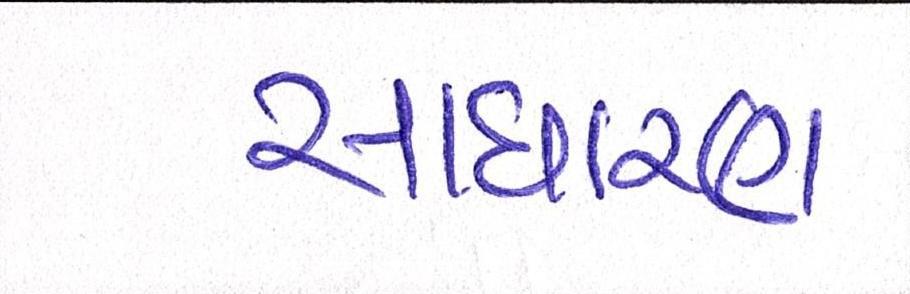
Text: સાઘારણ